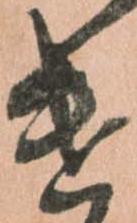
遣